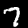
Label: 7